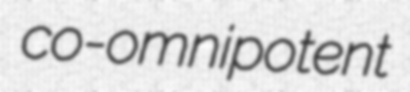
co-omnipotent